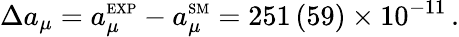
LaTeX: \Delta a_{\mu}=a_{\mu}^{\scriptscriptstyle\mathrm{EXP}}-a_{\mu}^{\scriptscriptstyle\mathrm{SM}}=251\, (59)\times 10^{-11}\, .